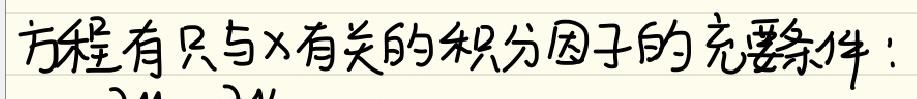
方程有只与x有关的积分因子的充要条件：